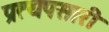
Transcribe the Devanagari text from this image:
प्रत्यपसारी